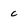
Character: c